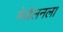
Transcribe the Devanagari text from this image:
मेजेलनला